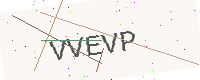
Text: VVEVP